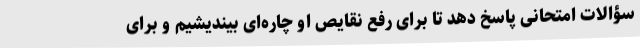
سؤالات امتحانی پاسخ دهد تا برای رفع نقایص او چاره‌ای بیندیشیم و برای